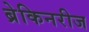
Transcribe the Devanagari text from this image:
ब्रेकिनरीज